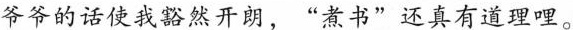
爷爷的话使我豁然开朗，“煮书”还真有道理哩。